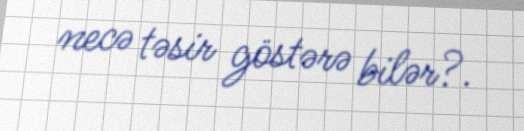
necə təsir göstərə bilər?.